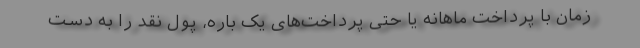
زمان با پرداخت ماهانه یا حتی پرداخت‌های یک باره، پول نقد را به دست